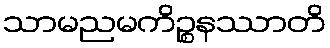
သာမညမကိဉ္စနဿာတိ